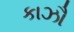
કાઝૌ